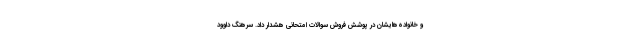
و خانواده‌هایشان در پوشش فروش سوالات امتحانی هشدار داد. سرهنگ داوود